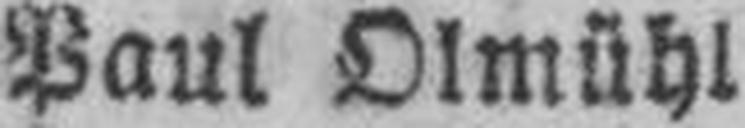
Paul Olmühl